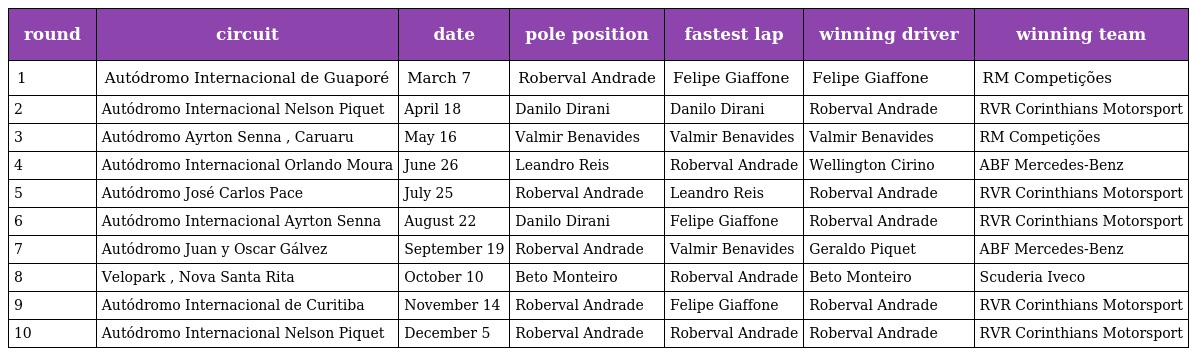
| round | circuit | date | pole position | fastest lap | winning driver | winning team |
 | --- | --- | --- | --- | --- | --- | --- |
 | 1 | Autódromo Internacional de Guaporé | March 7 | Roberval Andrade | Felipe Giaffone | Felipe Giaffone | RM Competições |
 | 2 | Autódromo Internacional Nelson Piquet | April 18 | Danilo Dirani | Danilo Dirani | Roberval Andrade | RVR Corinthians Motorsport |
 | 3 | Autódromo Ayrton Senna , Caruaru | May 16 | Valmir Benavides | Valmir Benavides | Valmir Benavides | RM Competições |
 | 4 | Autódromo Internacional Orlando Moura | June 26 | Leandro Reis | Roberval Andrade | Wellington Cirino | ABF Mercedes-Benz |
 | 5 | Autódromo José Carlos Pace | July 25 | Roberval Andrade | Leandro Reis | Roberval Andrade | RVR Corinthians Motorsport |
 | 6 | Autódromo Internacional Ayrton Senna | August 22 | Danilo Dirani | Felipe Giaffone | Roberval Andrade | RVR Corinthians Motorsport |
 | 7 | Autódromo Juan y Oscar Gálvez | September 19 | Roberval Andrade | Valmir Benavides | Geraldo Piquet | ABF Mercedes-Benz |
 | 8 | Velopark , Nova Santa Rita | October 10 | Beto Monteiro | Roberval Andrade | Beto Monteiro | Scuderia Iveco |
 | 9 | Autódromo Internacional de Curitiba | November 14 | Roberval Andrade | Felipe Giaffone | Roberval Andrade | RVR Corinthians Motorsport |
 | 10 | Autódromo Internacional Nelson Piquet | December 5 | Roberval Andrade | Roberval Andrade | Roberval Andrade | RVR Corinthians Motorsport |